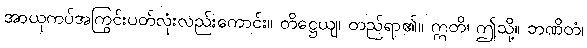
အာယုကပ်အကြွင်းပတ်လုံးလည်းကောင်း။ တိဋ္ဌေယျ၊ တည်ရာ၏။ ဣတိ၊ ဤသို့။ ဘဏိတံ၊